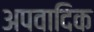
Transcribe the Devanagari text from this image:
अपवादिक